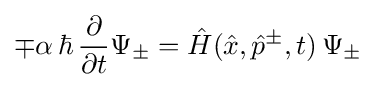
\mp \alpha \,\hbar \,{\frac {\partial }{\partial t}}\Psi _{\pm }={\hat {H}}({\hat {x}},{\hat {p}}^{\pm },t)\,\Psi _{\pm }